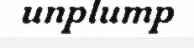
unplump